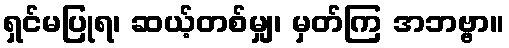
ရှင်မပြုရ၊ ဆယ့်တစ်မျှ၊ မှတ်ကြ အဘဗ္ဗာ။